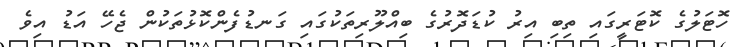
ހޮޓަލުގެ ކޮޓަރީގައި ތިބި އިރު ކުޑަދޮރުގެ ބިއްލޫރިތަކުގައި ގަނޑުފެންކޮޅުތަކުން ޖެހޭ އަޑު އިވެ